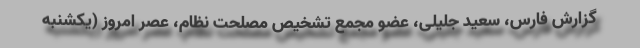
گزارش فارس، سعید جلیلی، عضو مجمع تشخیص مصلحت نظام، عصر امروز (یکشنبه